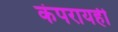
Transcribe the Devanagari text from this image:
कंपरायही